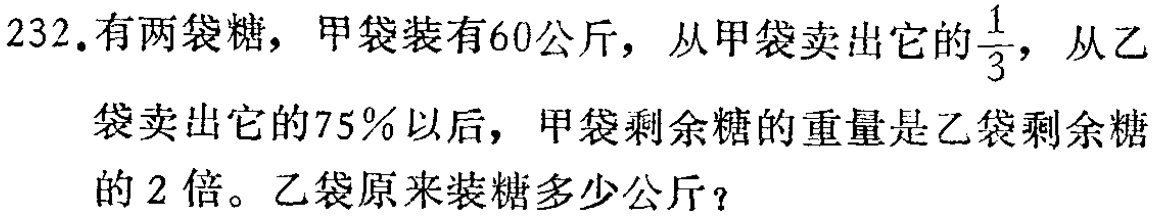
232.有两袋糖，甲袋装有60公斤，从甲袋卖出它的$\frac{1}{3}$，从乙袋卖出它的75%以后，甲袋剩余糖的重量是乙袋剩余糖的2倍。乙袋原来装糖多少公斤？